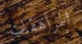
المراهقات